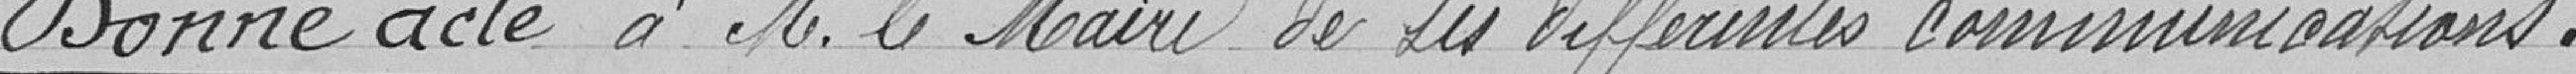
Donne acte à Monsieur le Maire de ses différentes communications.